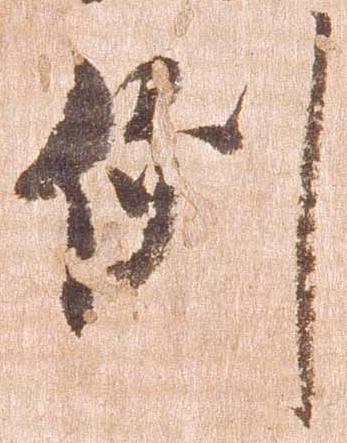
例